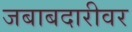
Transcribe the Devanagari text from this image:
जबाबदारीवर